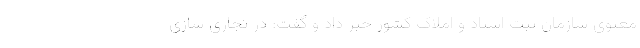
معنوی سازمان ثبت اسناد و املاک کشور خبر داد و گفت: در تجاری سازی